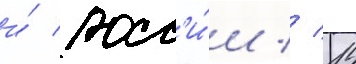
и́ росс'и́и // 14